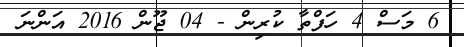
6 މަސް 4 ހަފްތާ ކުރިން - 04 ޖޫން 2016 އަންނަ